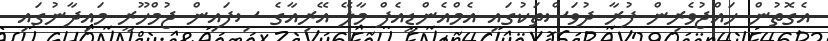
އެގޮތުން ހައްޖުވެރިން ފުރާ ދުވަސްތަކުގައި އެމްއެންޑީއެފް މާލޭ އޭރިއާގެ ސިފައިން ޖުމްހޫރީ މައިދާނުގައި